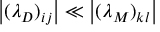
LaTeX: \bigl | ( \lambda _ { D } ) _ { i j } \bigr | \ll \bigl | ( \lambda _ { M } ) _ { k l } \bigr |